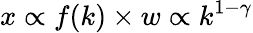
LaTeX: x\propto f(k)\times w\propto k^{1-\gamma}